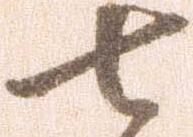
七